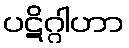
ပဋိဂ္ဂါဟာ